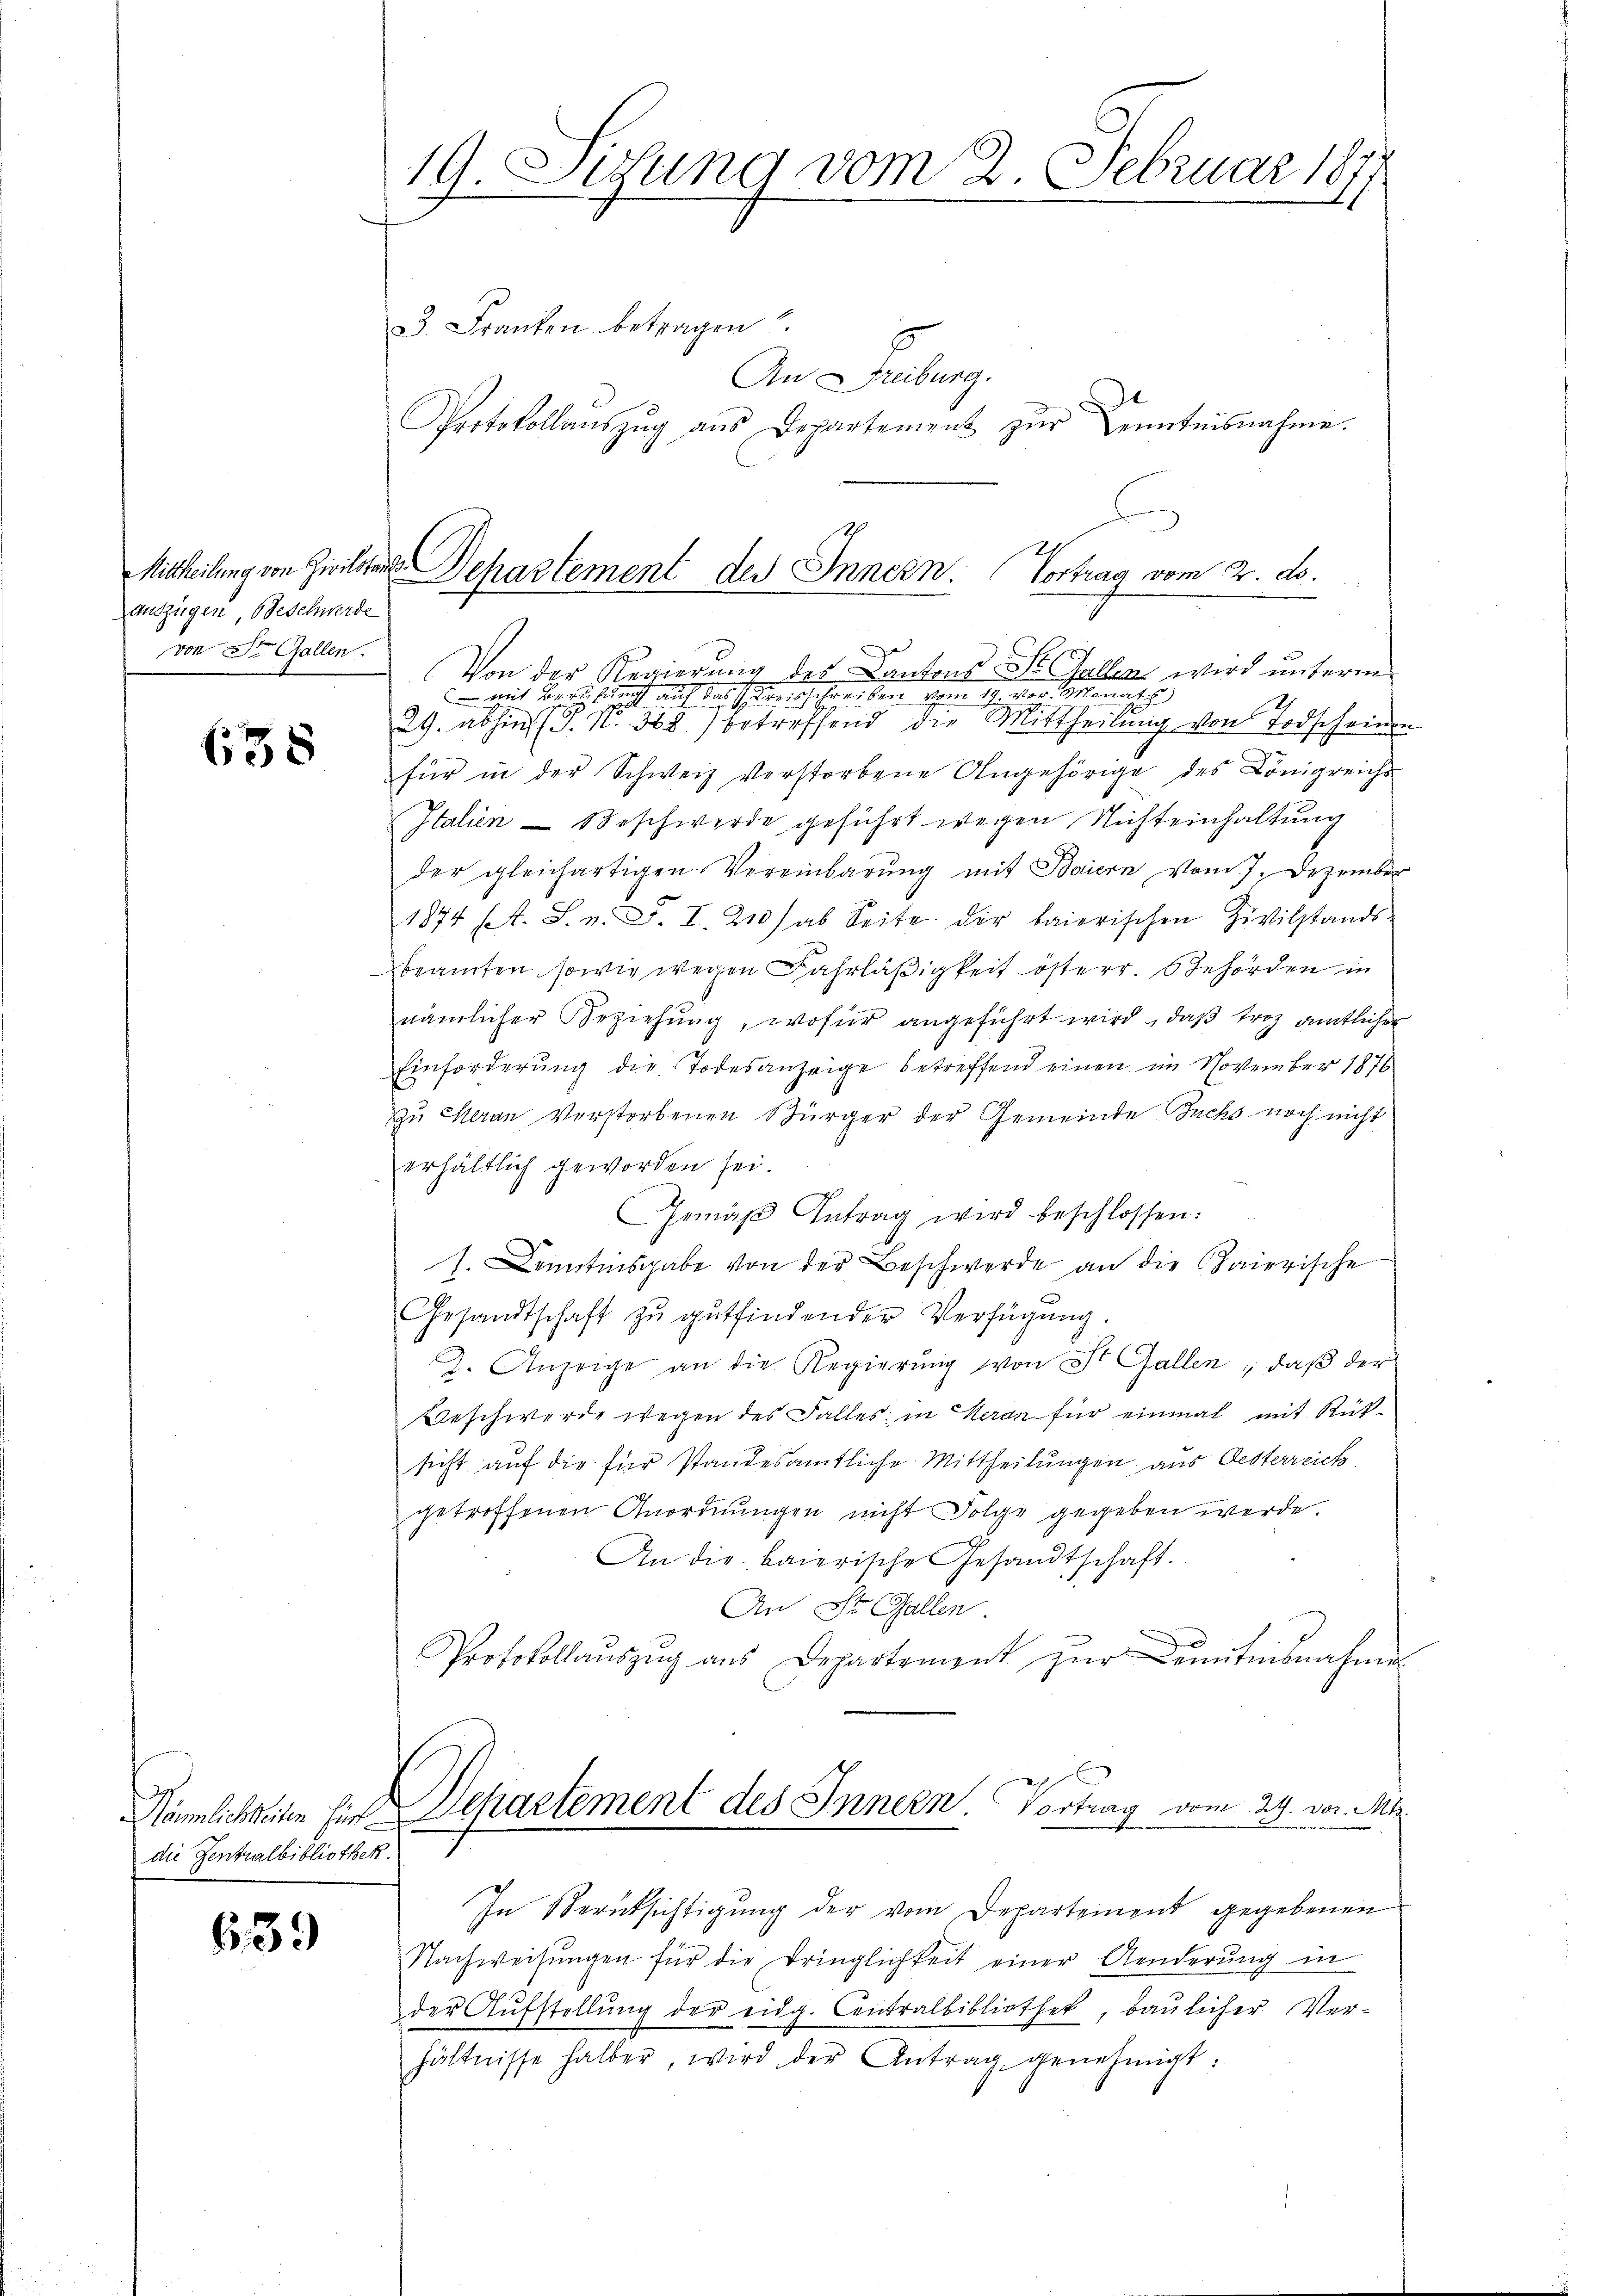
19. Situng vom 2. Februar 1871

3. Franken betragen
An Freiburg.
Protokollaŭszŭg aŭs Departement zŭr Kenntnisnahme.

Dehartement des Innern. Vortrag vom 2. ds.

Mittheilung von Zivilstan
auszügen, beschwerde
von St. Gallen.

ze
r
Von der Regierung des Cantons St. Gallen wird unterm
 mit Bern sich auf das reisschreiben vom 19. vor. Monath
16
29. abhin (T. N. 368) betreffend die Mittheilŭng von Todscheinen
für in der Schweiz verstorbene Angehörige des Königreichs
Italien Beschwerde geführt wegen Nichteinhaltung
der gleichartigen Vereinbarung mit Baiern vom 7. Dezember
1874 A. S. n. F. I. 210 / ab Seite der baierischen Zivilstands-
beamten, sowie wegen Fahrläßigkeit österr. Behörden in
nämlicher Beziehung, wofür angeführt wird, daß troz amtlicher
Einforderung die Todesanzeige betreffend einen im November 1876
zu Meran Verstorbenen Bürger der Gemeinde Fuchs noch nicht
erhältlich geworden sei.
Gemäβ Antrag wird beschlossen:
J. Kenntnisgabe von der Beschwerde an die Baierische
Gesandtschaft zŭ gŭtfindender Verfügŭng.
J. Anzeige an die Regierŭng von St. Gallen, daß der
Beschwerde wegen des Falles in Heran für einmal mit Rück-
sicht auf die für standesamtliche Mittheilungen aus Oesterreich
getroffenen Anordnŭngen nicht Folge gegeben werde.
An die baierische Gesandtschaft.
An St. Gallen.
Protokollaŭszŭg aŭs Departement zŭr eintensnahme
Nämlichen für Departement des Innern Vortrag vom 29. von Mit
In Berücksichtigung der vom Departement gegebenen
Nachweisŭngen für die Dringlichkeit einer Aenderŭng in
der Aufstellung der eidg. Centralbibliothek, baulicher Verhältnisse halber, wird der Antrag genehmigt.

638

die Zentralbibliothek.

639